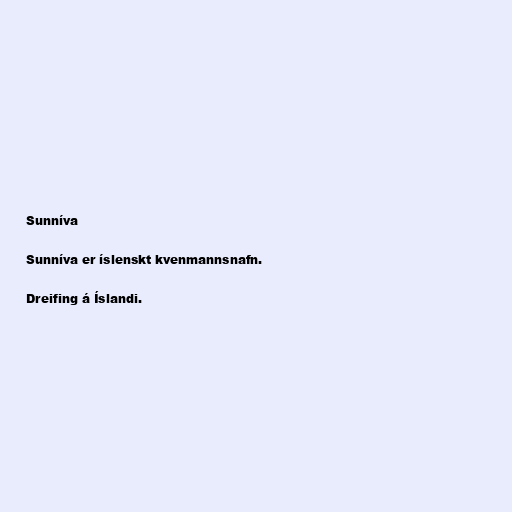
Sunníva

Sunníva er íslenskt kvenmannsnafn.

Dreifing á Íslandi.